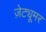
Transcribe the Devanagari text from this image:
ज़ेट्यूमर